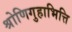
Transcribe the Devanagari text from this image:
श्रोणिगुहाभित्ति